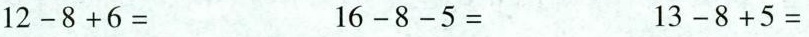
$$1 2 - 8 + 6 = $$ $$1 6 - 8 - 5 = $$ $$ 1 3 - 8 + 5 =$$